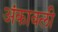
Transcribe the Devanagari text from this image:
अंकावली